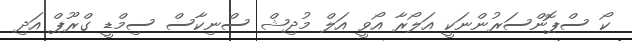
ކޯ ސްޕޮންސަރުންނަކީ އަލޯރާ އޯވީ އަލް މުދިޝް ސްނިކާސް ސިމްޑީ ގްރޫޕް އަދި